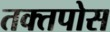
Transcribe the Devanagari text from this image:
तक्तपोस